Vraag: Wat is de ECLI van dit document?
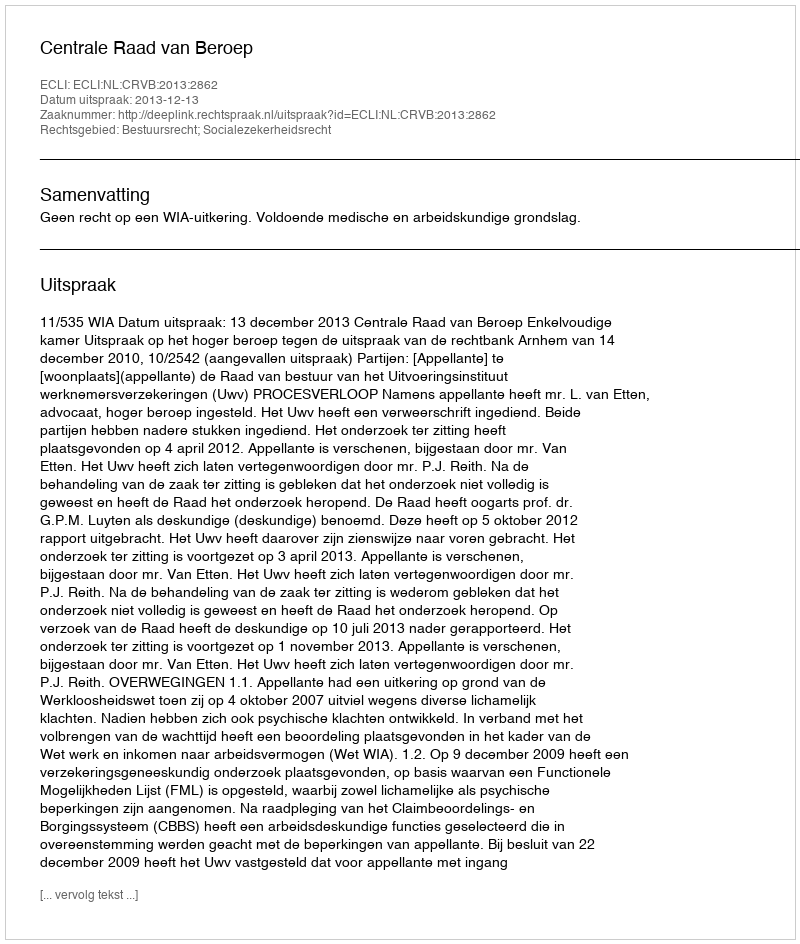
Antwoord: ECLI:NL:CRVB:2013:2862